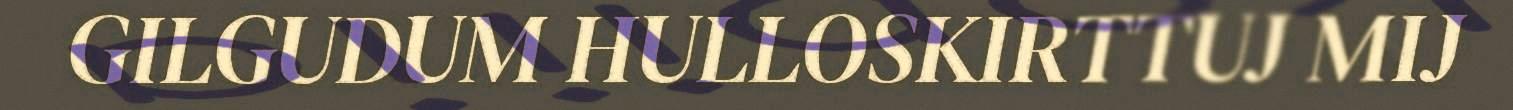
GILGUDUM HULLOSKIRTTUJ MIJ